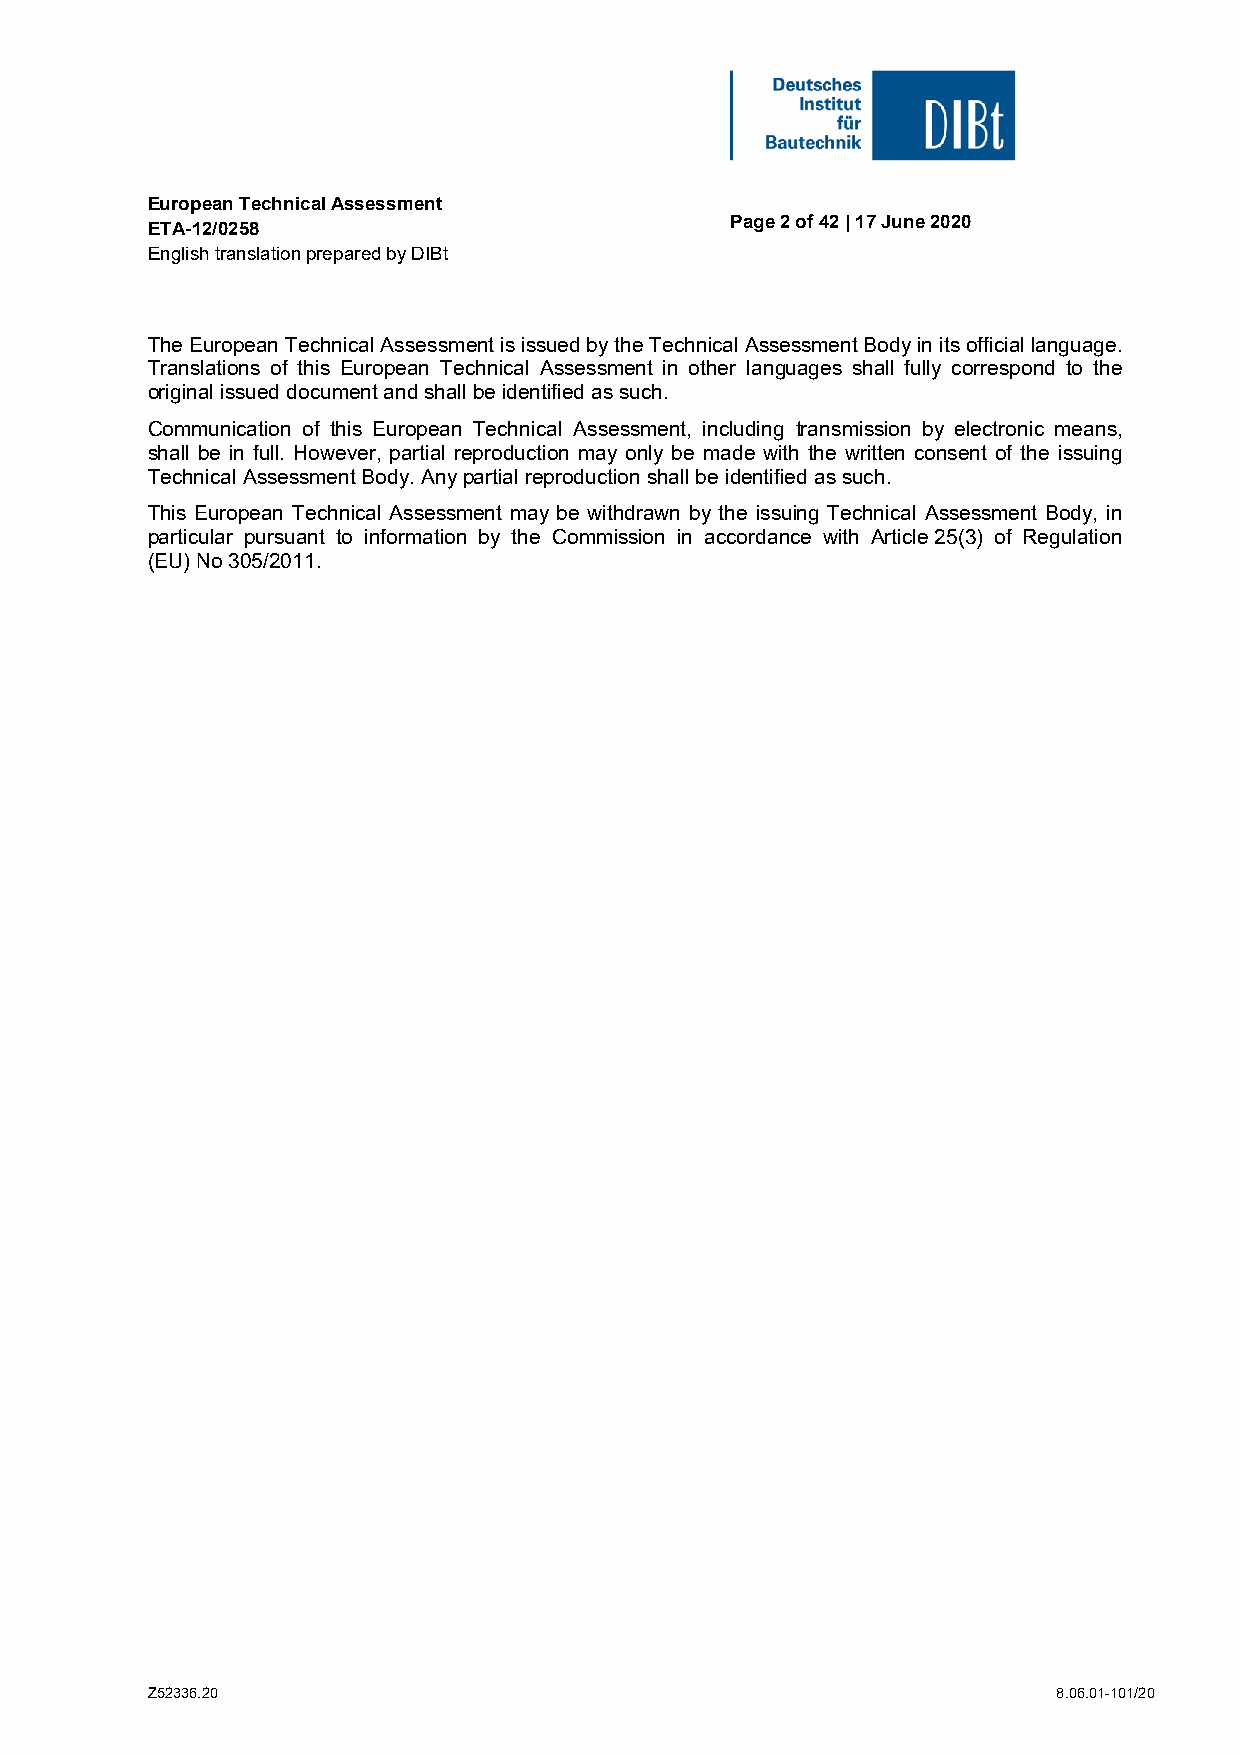
European Technical Assessment
 Page 2 of 42 | 17 June 2020
 ETA-12/0258
 English translation prepared by DIBt
 The European Technical Assessment is issued by the Technical Assessment Body in its official language.
 Translations of this European Technical Assessment in other languages shall fully correspond to the
 original issued document and shall be identified as such.
 Communication of this European Technical Assessment, including transmission by electronic means,
 shall be in full. However, partial reproduction may only be made with the written consent of the issuing
 Technical Assessment Body. Any partial reproduction shall be identified as such.
 This European Technical Assessment may be withdrawn by the issuing Technical Assessment Body, in
 particular pursuant to information by the Commission in accordance with Article 25(3) of Regulation
 (EU) No 305/2011.
 Z52336.20                                                   8.06.01-101/20